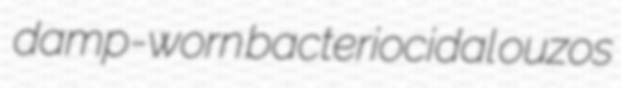
damp-worn bacteriocidal ouzos